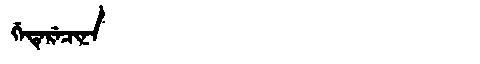
Manchu: ᡤᡝᡨᡝᡵᡝᠴᡳᠨᠠ
Romanization: GETERECINA